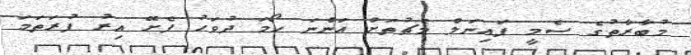
މުބާރާތުގެ ސެމީ ފައިނަލް މެޗުތަށް އަންނަ ހޯމަ ދުވަހު ފެށޭ އިރު ފުރަތަމަ